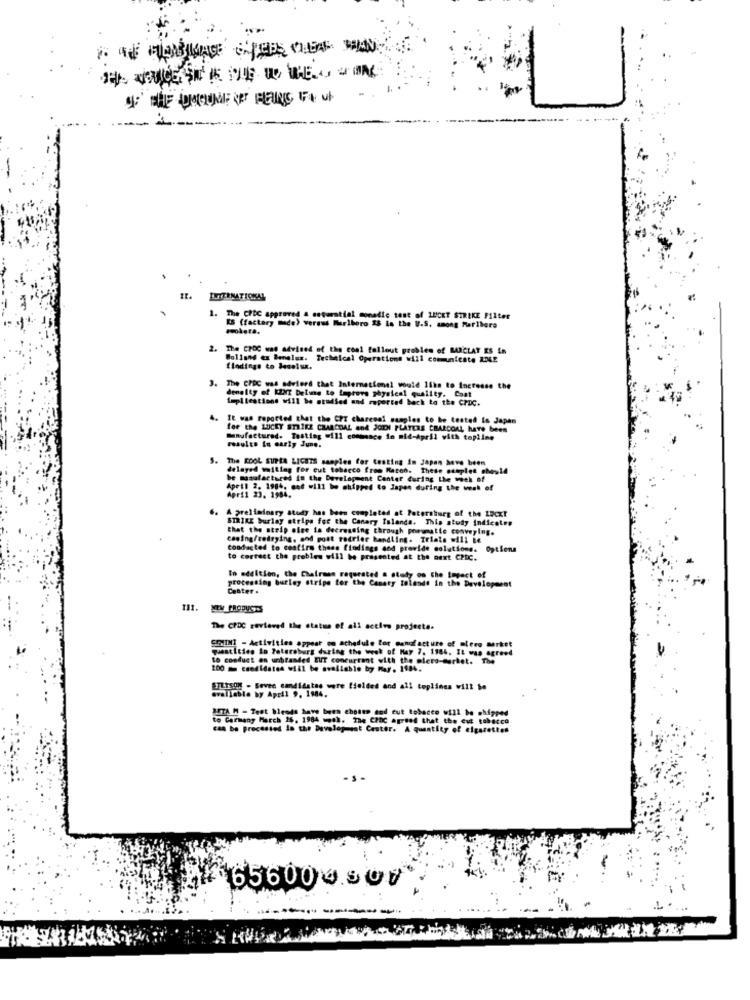
INTERNATIONAL
1. The CPDC approved & sequential monadic test of LUCKY STRIKE Filter
KS (factory made) wermus Marlboro 18 is the U.S. among Maribore
2. The CROC was advised of the coal fallout problem of MARCLAY ES In
Bolland ex Benelux. Technical Operations will communicate RDLE
findings to bevelux.
3.
The CPDC was advierd that International would 15hs to Increase the
density of KZXT Deling to Laprovs physical quality. Cost
implications will be studied and reported back to the CPDC.
4.
It was reported that the CPT charesal samples to be tested is Japan
for the LUCKY STRIKE CHARCOAL and JCIDI PLAYERS CHARCOAL, have been
Manufactured. Testing will commence in mid-April with topline
results in early June.
S.
The KOOL SURLA LIGHTS samples for testing in Japan Seve been
delayed waiting for cut tobacco from Marco. These complet should
be manufactured in the Development Center during the week of
April 2. 1984, cet will be chipped to Japon during the week of
April 23. 1984.
A preliminary study has been completed at Petersburg of the LFcx!
STRIKE burlay atrips for the Canary Islands. This study indicates
that the strip oise is decreasing through porumatie conveying.
casing/retrying, and post rodrier handling. Trials will be
conducted to confirm these findings and provide solutions. Options
to correct the problem will be presented at the next CPDC.
processing burley stripe for the Canary zelendt in the Development
In addition, the Chairman requested & study on the Logact of
Center .
The CPDC reviewed the status of all active projects.
SENIN! - Activities appear on achedule for canofacture of mlere market
questities in Petersburg during the week of May 7, 1984. It was agreed
GE on unbranded EUT concurrent with the micro-market. The
100 = csedidates will be available by May. 1184.
Lisch - Seven candidatas were fielded and all toplines will be
avaliable by April 9, 1884.
BETA H - Test blends have been chosen and cut tobacco will be shipped
to Carmany March 26, 1984 wech. The CPDC agreed that the eut tabacco
can be Precested in the Development Center. A quantity of cigarettes
-s-
656004.307